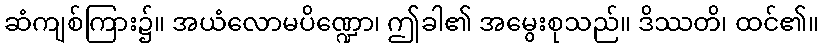
ဆံကျစ်ကြား၌။ အယံလောမပိဏ္ဍော၊ ဤခါ၏ အမွေးစုသည်။ ဒိဿတိ၊ ထင်၏။